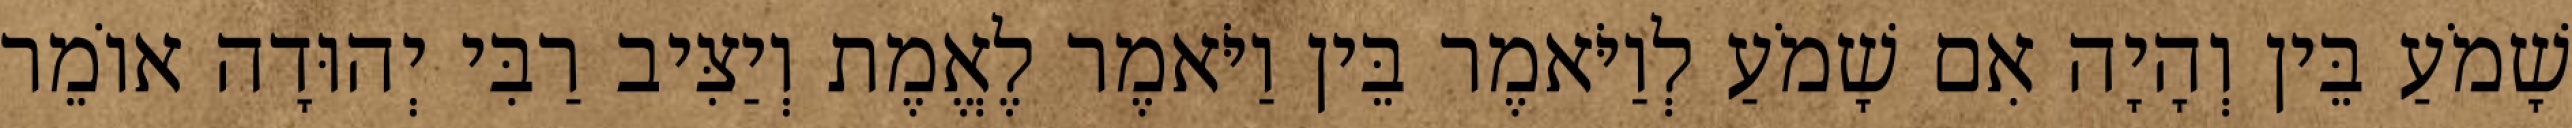
שָׁמֹעַ בֵּין וְהָיָה אִם שָׁמֹעַ לְוַיֹּאמֶר בֵּין וַיֹּאמֶר לֶאֱמֶת וְיַצִּיב רַבִּי יְהוּדָה אוֹמֵר